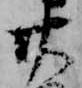
廿